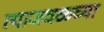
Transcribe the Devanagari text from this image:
त्याजवळच्या